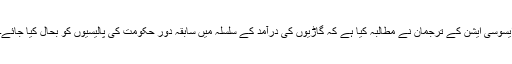
ایسوسی ایشن کے ترجمان نے مطالبہ کیا ہے کہ گاڑیوں کی درآمد کے سلسلہ میں سابقہ دور حکومت کی پالیسیوں کو بحال کیا جائے۔